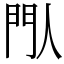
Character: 閄